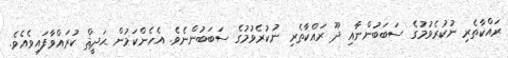
ރައްކާތެރި ނުކުރެވުމުގެ ސަބަބުންނާއި ދޫ ރައްކާތެރި ނުކުރެވުމުގެ ސަބަބުންނެވެ. އެހެންކަމުން ޙަދީޘް ކުރައްވާފައިވެއެވެ.